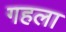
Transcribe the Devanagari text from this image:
गहला